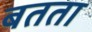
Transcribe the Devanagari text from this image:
बतता